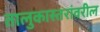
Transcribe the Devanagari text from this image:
तालुकास्तरांवरील